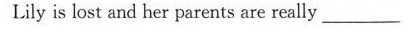
Lily is lost and her parents are really ——